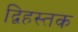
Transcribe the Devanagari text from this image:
द्विहस्तक